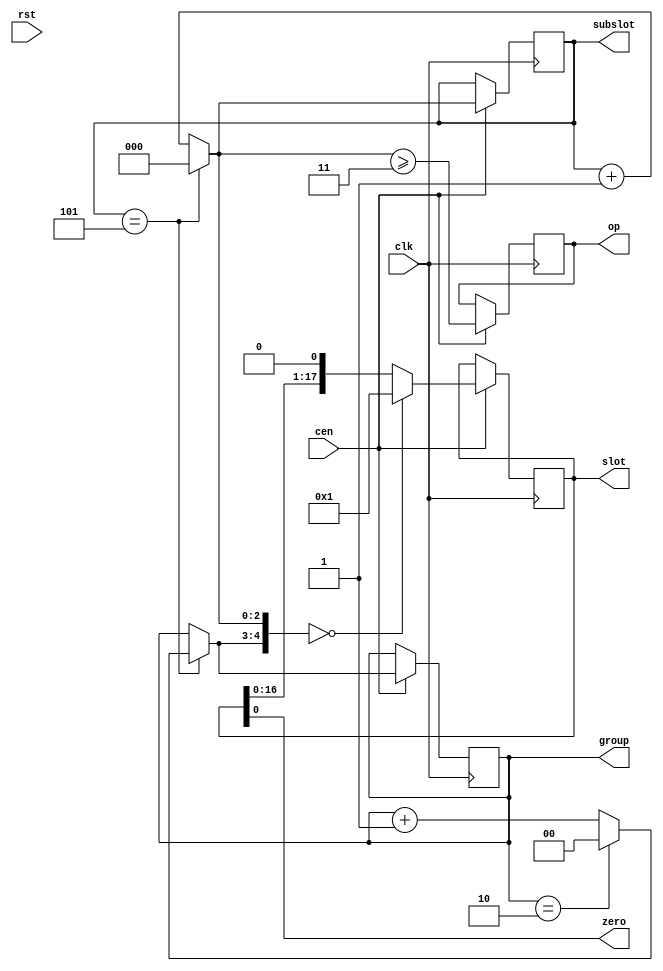
// This program was cloned from: https://github.com/va7deo/zerowing
// License: GNU General Public License v2.0

/* This file is part of JTOPL

    JTOPL program is free software: you can redistribute it and/or modify
    it under the terms of the GNU General Public License as published by
    the Free Software Foundation, either version 3 of the License, or
    (at your option) any later version.

    JTOPL program is distributed in the hope that it will be useful,
    but WITHOUT ANY WARRANTY; without even the implied warranty of
    MERCHANTABILITY or FITNESS FOR A PARTICULAR PURPOSE.  See the
    GNU General Public License for more details.

    You should have received a copy of the GNU General Public License
    along with JTOPL.  If not, see <http://www.gnu.org/licenses/>.

    Author: Jose Tejada Gomez. Twitter: @topapate
    Version: 1.0
    Date: 13-6-2020 

*/

module jtopl_slot_cnt(
    input             rst,
    input             clk,
    input             cen,

    // Pipeline order
    output            zero,
    output reg [ 1:0] group,
    output reg        op,           // 0 for modulator operators    
    output reg [ 2:0] subslot,
    output reg [17:0] slot         // hot one encoding of active slot
);

// Each group contains three channels
// and each subslot contains six operators
wire [2:0] next_sub   = subslot==3'd5 ? 3'd0 : (subslot+3'd1);
wire [1:0] next_group = subslot==3'd5 ? (group==2'b10 ? 2'b00 : group+2'b1) : group;

`ifdef SIMULATION
// These signals need to operate during rst
// initial state is not relevant (or critical) in real life
// but we need a clear value during simulation
initial begin
    group   = 2'd0;
    subslot = 3'd0;
    slot    = 18'd1;
end
`endif

assign     zero = slot[0];

always @(posedge clk) begin : up_counter
    if( cen ) begin
        { group, subslot }  <= { next_group, next_sub };
        if( { next_group, next_sub }==5'd0 ) begin
            slot <= 18'd1;
        end else begin
            slot <= { slot[16:0], 1'b0 };
        end
        op <= next_sub >= 3'd3;
    end
end

endmodule